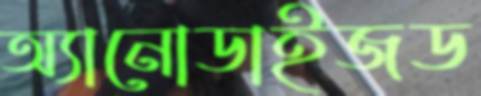
অ্যানোডাইজড